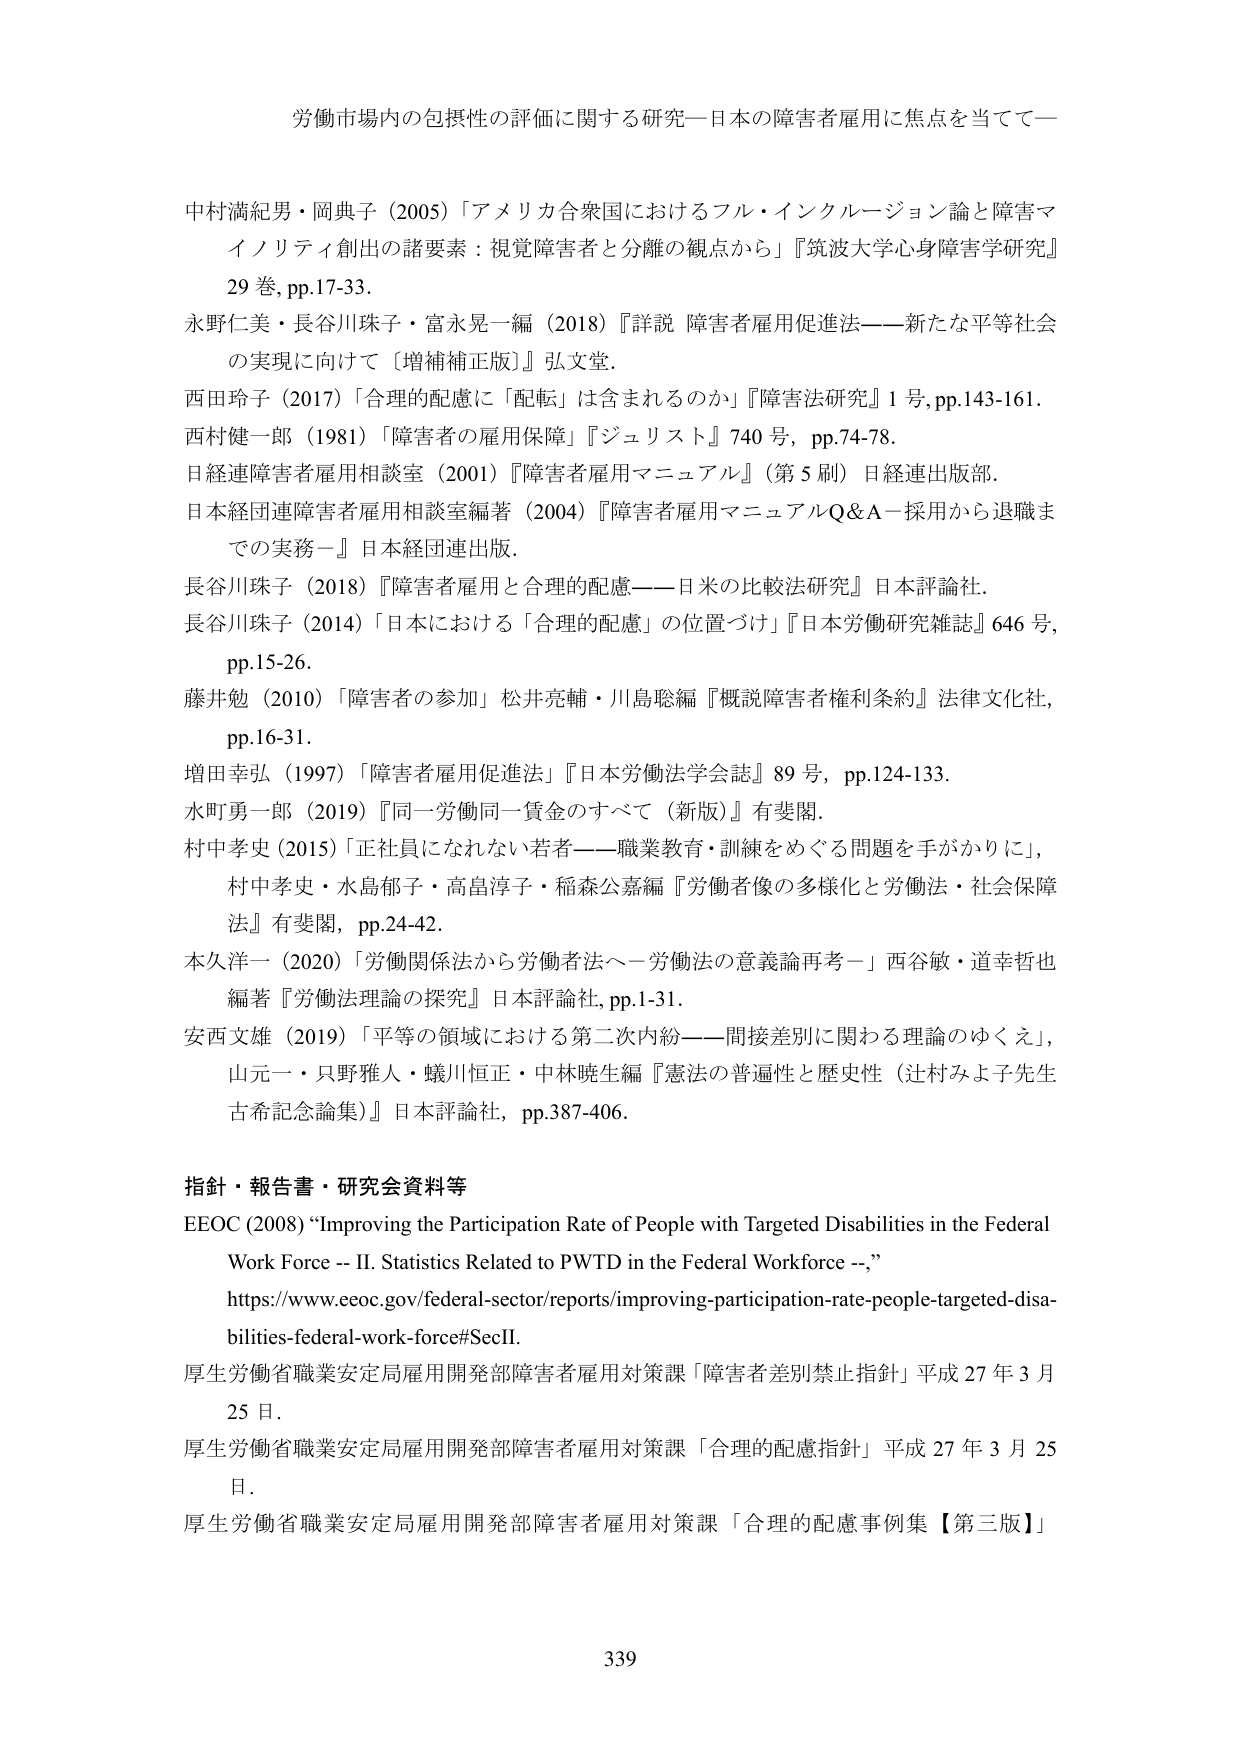
労働市場内の包摂性の評価に関する研究―日本の障害者雇用に焦点を当てて―

中村満紀男・岡典子（2005）「アメリカ合衆国におけるフル・インクルージョン論と障害マイノリティ創出の諸要素：視覚障害者と分離の観点から」『筑波大学心身障害学研究』29巻, pp.17-33.

永野仁美・長谷川珠子・富永晃一編（2018）『詳説 障害者雇用促進法――新たな平等社会の実現に向けて［増補補正版］』弘文堂.

西田玲子（2017）「合理的配慮に『配転』は含まれるのか」『障害法研究』1号, pp.143-161.

西村健一郎（1981）「障害者の雇用保障」『ジュリスト』740号, pp.74-78.

日経連障害者雇用相談室（2001）『障害者雇用マニュアル』（第5刷）日経連出版部.

日本経団連障害者雇用相談室編著（2004）『障害者雇用マニュアルQ&A―採用から退職までの実務―』日本経団連出版.

長谷川珠子（2018）『障害者雇用と合理的配慮――日米の比較法研究』日本評論社.

長谷川珠子（2014）「日本における「合理的配慮」の位置づけ」『日本労働研究雑誌』646号, pp.15-26.

藤井勉（2010）「障害者の参加」松井亮輔・川島聡編『概説障害者権利条約』法律文化社, pp.16-31.

増田幸弘（1997）「障害者雇用促進法」『日本労働法学会誌』89号, pp.124-133.

水町勇一郎（2019）『同一労働同一賃金のすべて（新版）』有斐閣.

村中孝史（2015）「正社員になれない若者――職業教育・訓練をめぐる問題を手がかりに」, 村中孝史・水島郁子・高畠淳子・稲森公嘉編『労働者像の多様化と労働法・社会保障法』有斐閣, pp.24-42.

本久洋一（2020）「労働関係法から労働者法へ―労働法の意義論再考―」西谷敏・道幸哲也編著『労働法理論の探究』日本評論社, pp.1-31.

安西文雄（2019）「平等の領域における第二次内紛――間接差別に関わる理論のゆくえ」, 山元一・只野雅人・蟻川恒正・中林暁生編『憲法の普遍性と歴史性（辻村みよ子先生古希記念論集）』日本評論社, pp.387-406.

指針・報告書・研究会資料等

EEOC (2008) “Improving the Participation Rate of People with Targeted Disabilities in the Federal Work Force -- II. Statistics Related to PWTD in the Federal Workforce --,” https://www.eeoc.gov/federal-sector/reports/improving-participation-rate-people-targeted-disabilities-federal-work-force#SecII.

厚生労働省職業安定局雇用開発部障害者雇用対策課「障害者差別禁止指針」平成27年3月25日.

厚生労働省職業安定局雇用開発部障害者雇用対策課「合理的配慮指針」平成27年3月25日.

厚生労働省職業安定局雇用開発部障害者雇用対策課「合理的配慮事例集【第三版】」

339